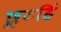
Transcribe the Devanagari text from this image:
छूटहिं